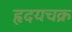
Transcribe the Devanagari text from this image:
हृदयचक्र